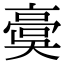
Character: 𩫀